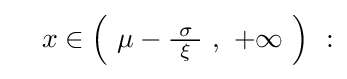
\quad x\in \left(\ \mu -{\tfrac {\sigma }{\ \xi \ }}\ ,\ +\infty \ \right)\ :